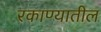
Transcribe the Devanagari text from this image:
रकाण्यातील